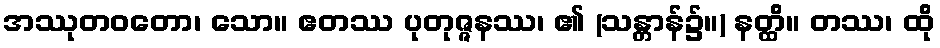
အဿုတဝတော၊ သော။ ဧတဿ ပုတုဇ္ဇနဿ၊ ၏ (သန္တာန်၌။) နတ္ထိ။ တဿ၊ ထို